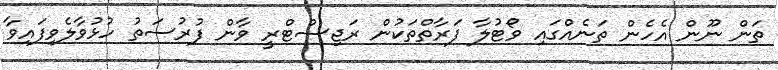
ތަން ނޫން އެހެން ތަނެއްގައި ވޯޓުލާ ފަރާތްތަކުން ރަޖިސްޓްރީ ވާން ފުރުސަތު ހުޅުވާލެވިފައިވާ